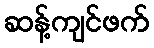
ဆန့်ကျင်ဖက်